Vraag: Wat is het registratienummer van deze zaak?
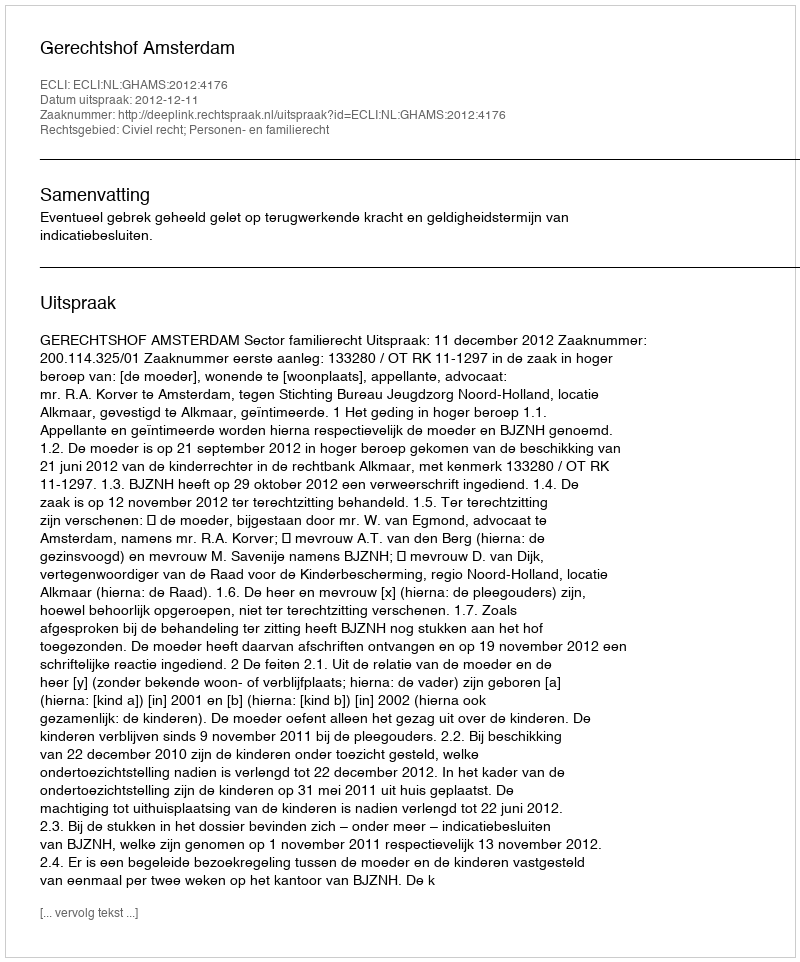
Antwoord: http://deeplink.rechtspraak.nl/uitspraak?id=ECLI:NL:GHAMS:2012:4176